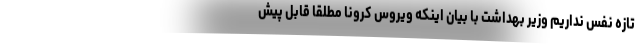
تازه نفس نداریم وزیر بهداشت با بیان اینکه ویروس کرونا مطلقا قابل پیش